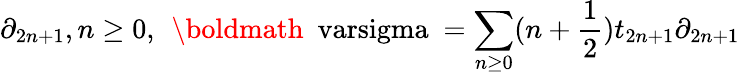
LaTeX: \partial_{2n+1},n\geq 0,\, \; \mathrm{\boldmath~\ varsigma~}=\sum_{n\geq 0}(n+\frac{1}{2})t_{2n+1}\partial_{2n+1}